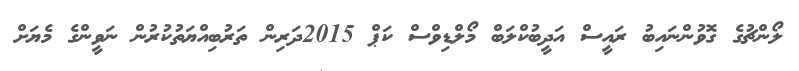
ލޯންޗުގެ ގޮވުންނައިބު ރައީސް އަދީބުކްލަބް މޯލްޑިވްސް ކަޕް 2015ދަރިން ތަރުބިއްޔަތުކުރުން ނަވީންގެ މެޔަށް